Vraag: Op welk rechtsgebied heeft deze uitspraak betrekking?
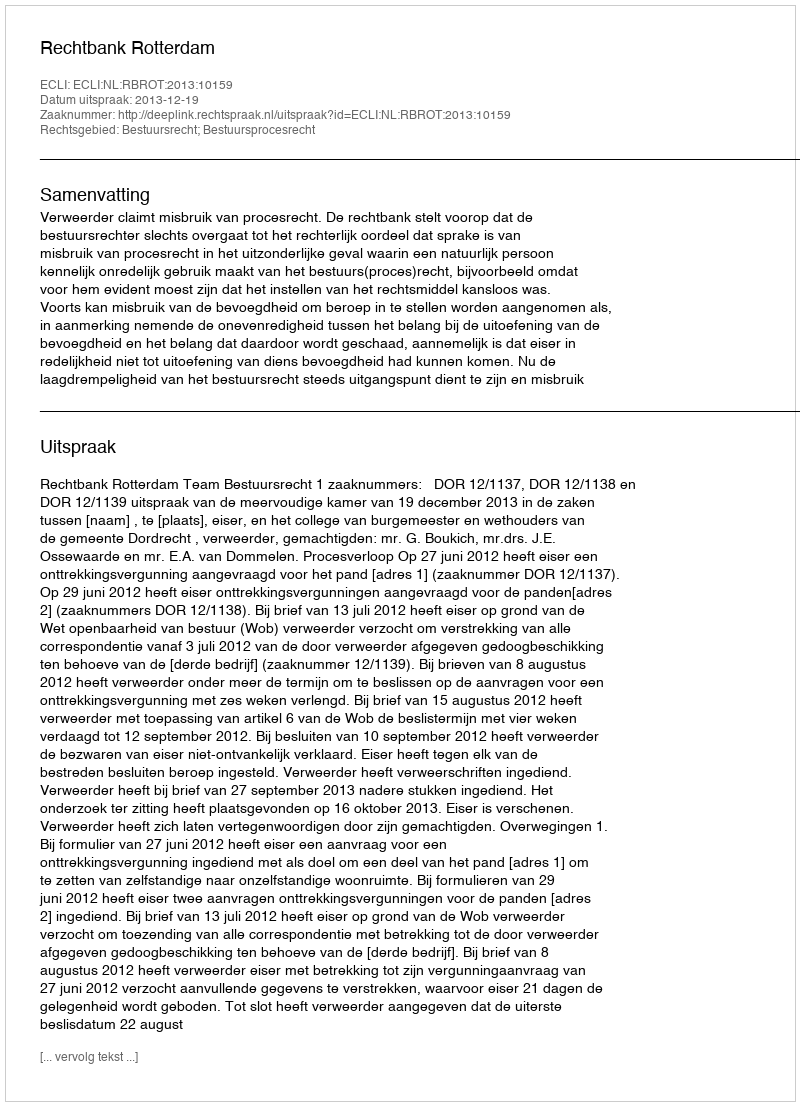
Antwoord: Bestuursrecht; Bestuursprocesrecht